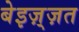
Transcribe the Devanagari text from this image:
बेइज़्ज़त